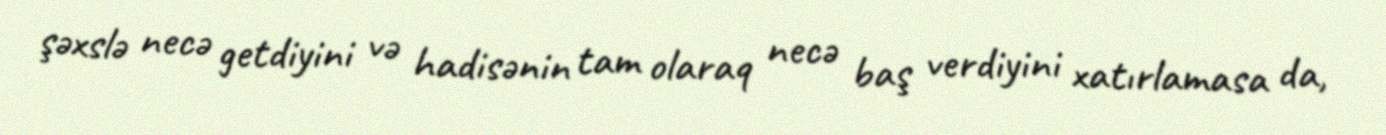
şəxslə necə getdiyini və hadisənin tam olaraq necə baş verdiyini xatırlamasa da,